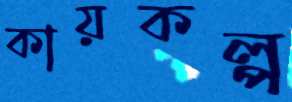
কায়কল্প